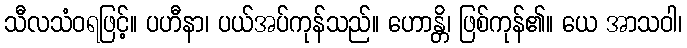
သီလသံဝရဖြင့်။ ပဟီနာ၊ ပယ်အပ်ကုန်သည်။ ဟောန္တိ၊ ဖြစ်ကုန်၏။ ယေ အာသဝါ၊